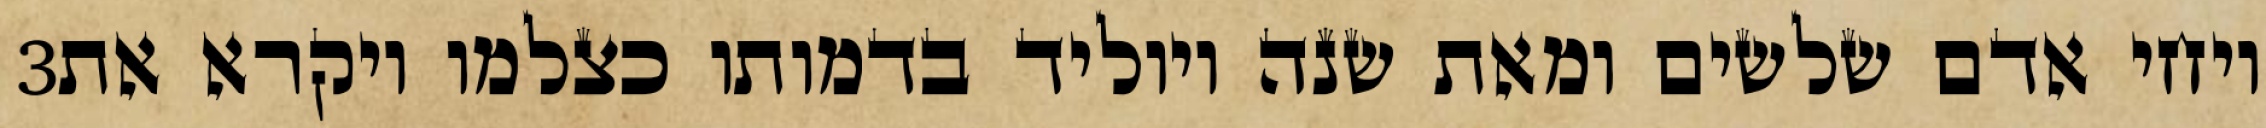
‎3‏ ויחי אדם שלשים ומאת שנה ויוליד בדמותו כצלמו ויקרא את